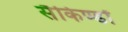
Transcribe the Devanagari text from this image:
सैकिण्डों